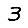
Digit: 3